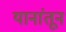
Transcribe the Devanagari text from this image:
यानांतून